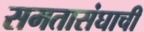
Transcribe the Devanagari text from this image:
समतासंघाची